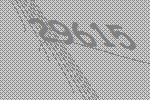
29615